Civil Veterinary Department. Central Provinces & Berar 1932-41 - 1932-1941
Year: 1932
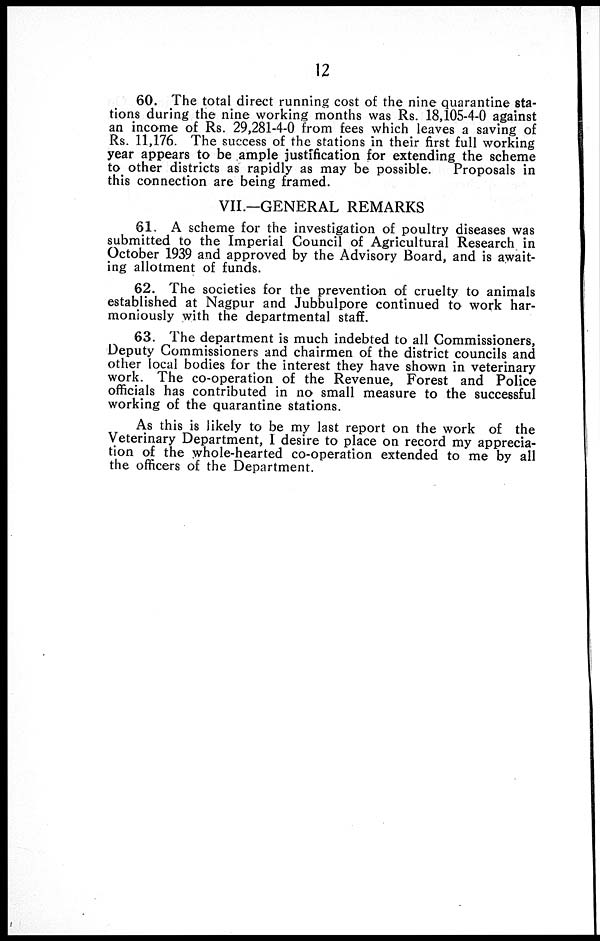
12
60. The total direct running cost of the nine quarantine sta-
tions during the nine working months was Rs. 18,105-4-0 against
an income of Rs. 29,281-4-0 from fees which leaves a saving of
Rs. 11,176. The success of the stations in their first full working
year appears to be ample justification for extending the scheme
to other districts as rapidly as may be possible. Proposals in
this connection are being framed.
VII.—GENERAL REMARKS
61. A scheme for the investigation of poultry diseases was
submitted to the Imperial Council of Agricultural Research in
October 1939 and approved by the Advisory Board, and is await-
ing allotment of funds.
62. The societies for the prevention of cruelty to animals
established at Nagpur and Jubbulpore continued to work har-
moniously with the departmental staff.
63. The department is much indebted to all Commissioners,
Deputy Commissioners and chairmen of the district councils and
other local bodies for the interest they have shown in veterinary
work. The co-operation of the Revenue, Forest and Police
officials has contributed in no small measure to the successful
working of the quarantine stations.
As this is likely to be my last report on the work of the
Veterinary Department, I desire to place on record my apprecia-
tion of the whole-hearted co-operation extended to me by all
the officers of the Department.